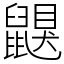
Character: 鼳